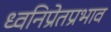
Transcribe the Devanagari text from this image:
ध्वनिप्रेतप्रभाव